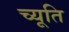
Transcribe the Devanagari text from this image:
च्यूति